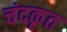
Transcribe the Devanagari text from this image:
चंदकृत